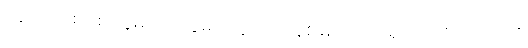
နေ့လယ် စာ စားပွဲများ၊ ကပွဲများတွင်သာ နစ်မြုပ်လျက်ရှိကာ ကိုယ့်ဘဝကို